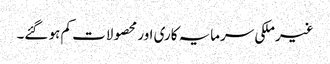
غیرملکی سرمایہ کاری اور محصولات کم ہو گئے۔